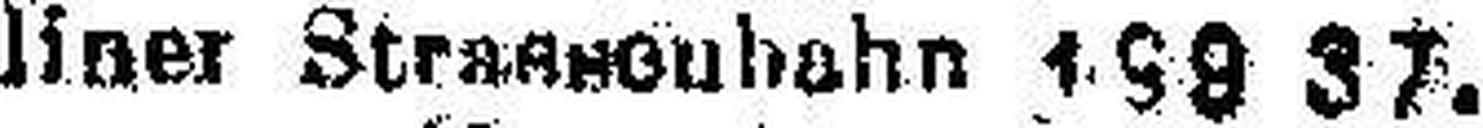
liner Strassenbahn 198.37.